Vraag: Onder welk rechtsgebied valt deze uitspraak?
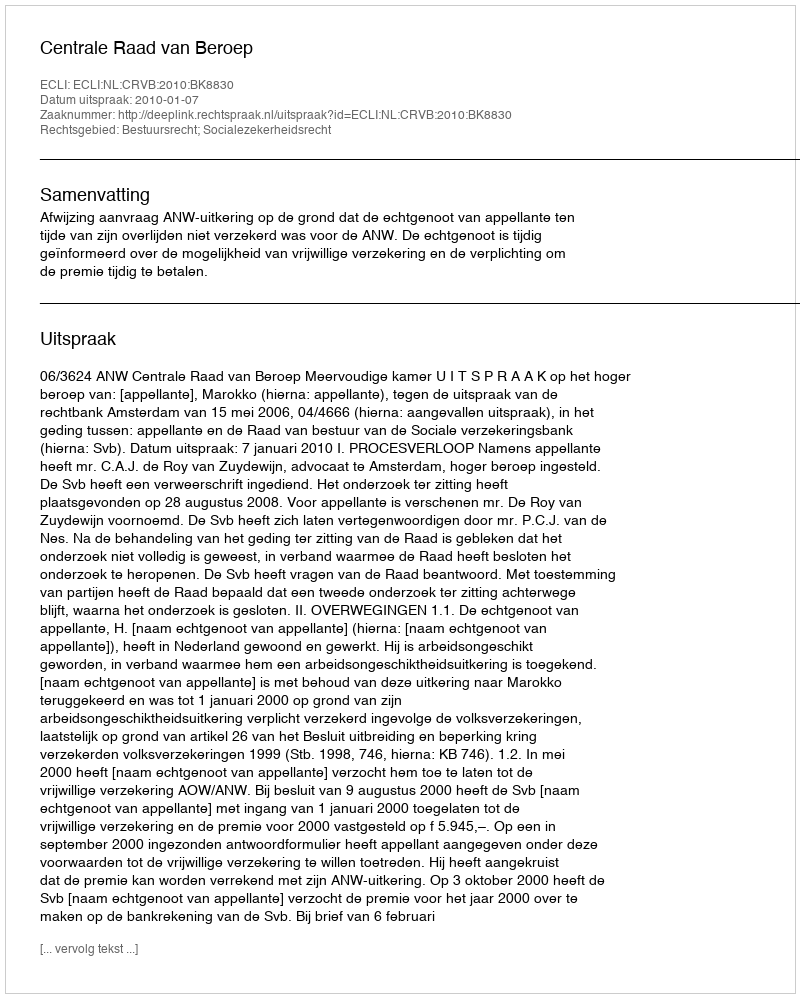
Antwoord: Bestuursrecht; Socialezekerheidsrecht